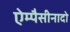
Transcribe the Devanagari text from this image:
ऐम्पैसीनादो